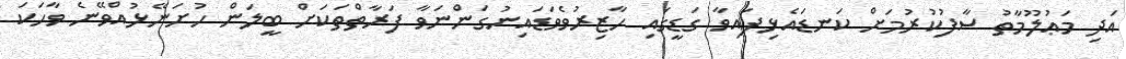
އަދި މަޢުލޫމާތު ސާފުކުރުމަށް ކަނޑައެޅިފައިވާ ގަޑީގައި ހާޒިރުވެވަޑައިނުގަންނަވާ ފަރާތްތަކަށް ބީލަން ހުށަނޭޅުއްވޭނެ ވާހަކަ